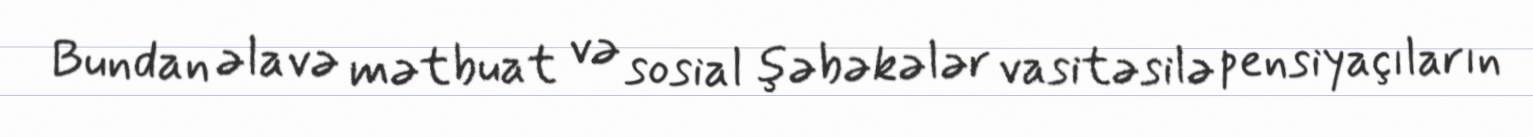
Bundan əlavə mətbuat və sosial şəbəkələr vasitəsilə pensiyaçıların